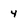
Character: 4